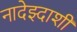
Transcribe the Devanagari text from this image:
नादेझ्दाशी